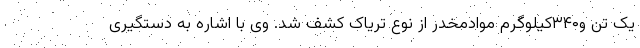
یک تن و۳۴۰کیلوگرم موادمخدر از نوع تریاک کشف شد. وی با اشاره به دستگیری